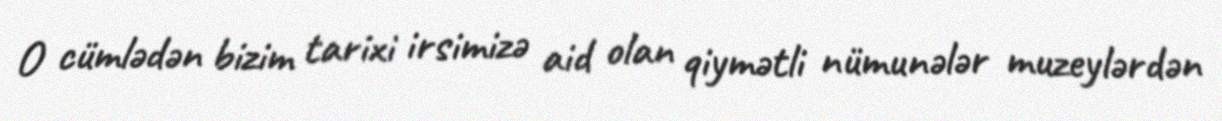
O cümlədən bizim tarixi irsimizə aid olan qiymətli nümunələr muzeylərdən